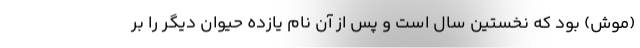
(موش) بود که نخستین سال است و پس از آن نام یازده حیوان دیگر را بر